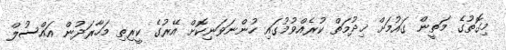
މިގޮތުގެ މަތީން ގައުމަށް ޚިދުމަތް ކުރެއްވުމުގައި ހުންނަވަނިކޮށް އޭރުގެ ކީރިތި މަހާރަދުން އައްސުލް